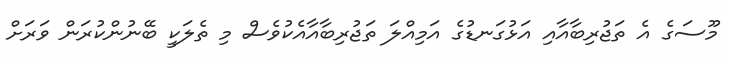
މޫސަގެ އެ ތަޖުރިބާއާއި އަޅުގަނޑުގެ އަމިއްލަ ތަޖުރިބާއާއެކުވެސް މި ތެލަކީ ބޭނުންކުރަން ވަރަށް